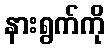
နားရွက်ကို